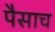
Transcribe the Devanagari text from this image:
पैसाच